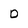
Character: D